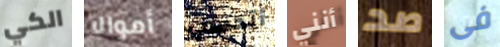
الكي أموالا أتحسب أنني صد فى